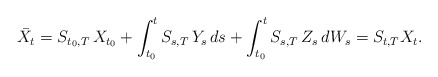
\begin{align*} \bar{X}_t = S_{ t_0, T } \, X_{ t_0 } + \int_{ t_0 }^t S_{ s, T } \, Y_s \, ds + \int_{ t_0 }^t S_{ s, T } \, Z_s \, dW_s = S_{ t, T } X_t .\end{align*}